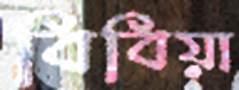
বিবিয়া